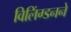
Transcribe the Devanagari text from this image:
विलिंग्डनने